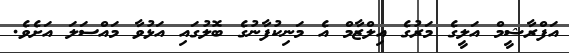
އަފްރާޝީމް އަލީގެ މަރުގެ އިލްޒާމް އެ މަނިކުފާނުގެ ބޮލުގައި އަޅުވާ މައްސަލަ އަށެވެ.